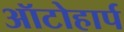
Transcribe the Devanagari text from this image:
ऑटोहार्प